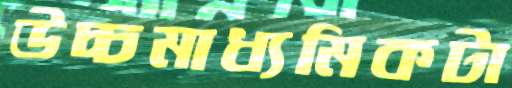
উচ্চমাধ্যমিকটা